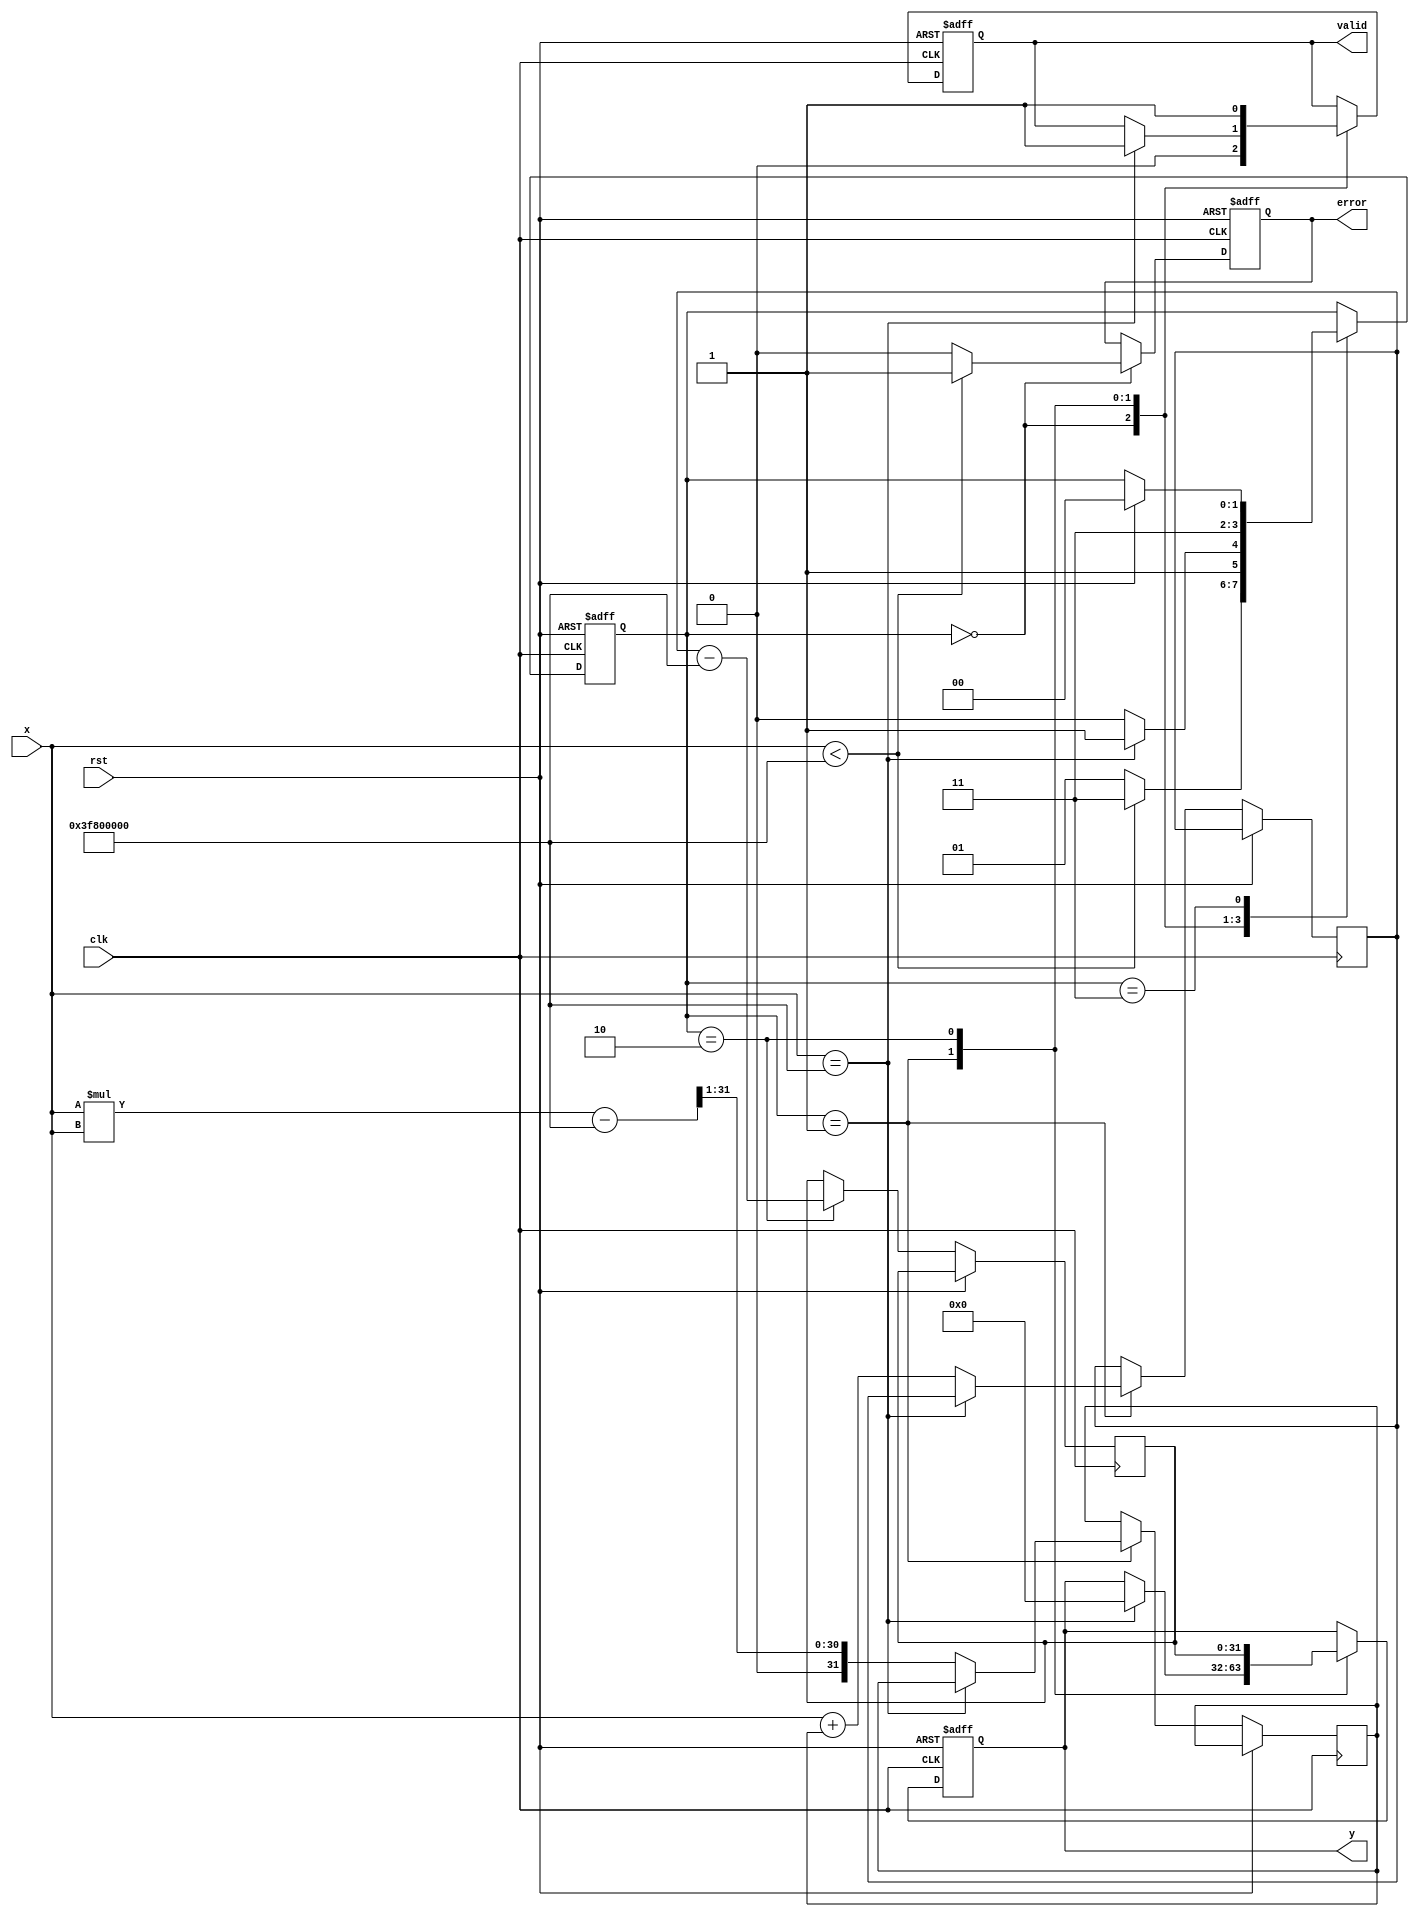
module acosh (
    input wire clk,
    input wire rst,
    input wire [31:0] x, // Input: floating-point number (single precision)
    output reg [31:0] y,  // Output: floating-point number (single precision)
    output reg valid,      // Output: indicates valid output
    output reg error       // Output: indicates error for invalid input
);

    // Internal signals
    reg [31:0] sqrt_x2_minus_1;
    reg [31:0] ln_input;
    reg [31:0] ln_result;
    reg [1:0] state;

    // State encoding
    localparam IDLE = 2'b00;
    localparam CHECK = 2'b01;
    localparam COMPUTE = 2'b10;
    localparam DONE = 2'b11;

    // Simple approximation for square root and logarithm
    function [31:0] sqrt_approx(input [31:0] value);
        begin
            // Simple Newton's method or other approximation can be used here
            sqrt_approx = value >> 1; // Placeholder: replace with actual sqrt logic
        end
    endfunction

    function [31:0] ln_approx(input [31:0] value);
        begin
            // Simple logarithm approximation (e.g., Taylor series or other)
            ln_approx = value - 32'h3F800000; // Placeholder: replace with actual ln logic
        end
    endfunction

    // Sequential logic
    always @(posedge clk or posedge rst) begin
        if (rst) begin
            y <= 32'b0;
            valid <= 1'b0;
            error <= 1'b0;
            state <= IDLE;
        end else begin
            case (state)
                IDLE: begin
                    valid <= 1'b0;
                    error <= 1'b0;
                    if (x < 32'h3F800000) begin // x < 1.0
                        error <= 1'b1; // Invalid input
                        state <= DONE;
                    end else begin
                        state <= CHECK;
                    end
                end

                CHECK: begin
                    if (x == 32'h3F800000) begin // x == 1.0
                        y <= 32'b0; // acosh(1) = 0
                        valid <= 1'b1;
                        state <= DONE;
                    end else begin
                        sqrt_x2_minus_1 <= sqrt_approx(x * x - 32'h3F800000); // x^2 - 1
                        ln_input <= x + sqrt_x2_minus_1; // x + sqrt(x^2 - 1)
                        state <= COMPUTE;
                    end
                end

                COMPUTE: begin
                    ln_result <= ln_approx(ln_input); // Compute ln
                    y <= ln_result; // Set output
                    valid <= 1'b1;
                    state <= DONE;
                end

                DONE: begin
                    // Stay in DONE state until reset
                    if (rst) begin
                        state <= IDLE;
                    end
                end
            endcase
        end
    end
endmodule